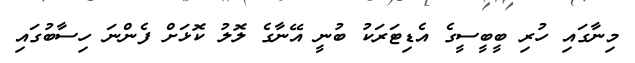
މިނާގައި ހުރި ބީބީސީގެ އެޑިޓަރަކު ބުނީ އޭނާގެ ލޮލު ކޮޅަށް ފެންނަ ހިސާބުގައި